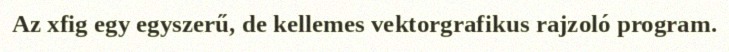
Az xfig egy egyszerű, de kellemes vektorgrafikus rajzoló program.